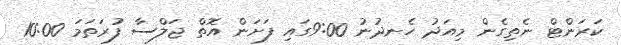
ކަރަންޓް ނެތިގެން މިއަދު ހެނދުނު 9:00ގައި ފަށަަން އޮތް ޖަލްސާ ފުރަތަމަ 10:00